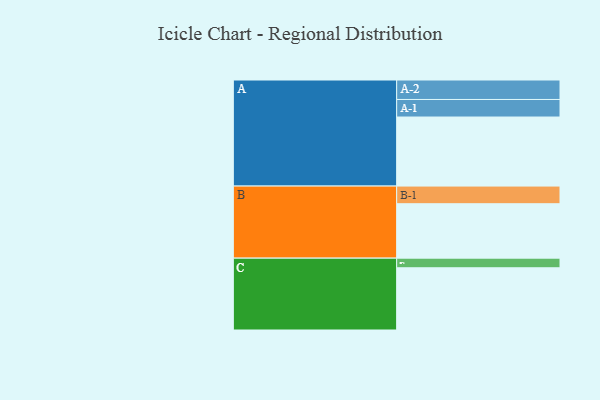
{"axis": {"x": "Segment", "y": "Value"}, "legend": ["", "A", "B", "C"], "data": [{"x": "A", "y": 567, "type": ""}, {"x": "B", "y": 447, "type": ""}, {"x": "C", "y": 511, "type": ""}, {"x": "A-1", "y": 144, "type": "A"}, {"x": "A-2", "y": 160, "type": "A"}, {"x": "B-1", "y": 145, "type": "B"}, {"x": "C-1", "y": 79, "type": "C"}]}